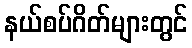
နယ်စပ်ဂိတ်များတွင်